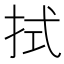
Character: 拭